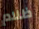
ظلام